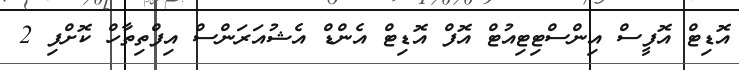
އޮޑިޓް އޮފީސް އިންސްޓިޓިއުޓް އޮފް އޮޑިޓް އެންޑް އެޝުއަރަންސް އިފްތިތާހް ކޮށްފި 2